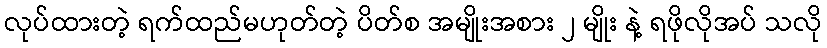
လုပ်ထားတဲ့ ရက်ထည်မဟုတ်တဲ့ ပိတ်စ အမျိုးအစား ၂ မျိုး နဲ့ ရဖိုလိုအပ် သလို